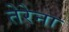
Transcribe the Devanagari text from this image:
तेरेना